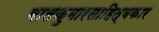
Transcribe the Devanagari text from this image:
बालकुमारसाहित्यकार